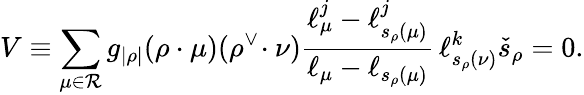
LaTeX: V\equiv\sum_{\mu\in{\mathcal R}}g_{|\rho|}(\rho\cdot\mu)(\rho^{\vee}\! \cdot\nu)\frac{\ell_{\mu}^{j}-\ell_{s_{\rho}(\mu)}^{j}}{\ell_{\mu}-\ell_{s_{\rho}(\mu)}}\, \ell_{s_{\rho}(\nu)}^{k}\check{s}_{\rho}=0.